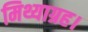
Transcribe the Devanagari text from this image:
मिथ्याग्रह।